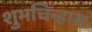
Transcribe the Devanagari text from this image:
शुभचिन्हास